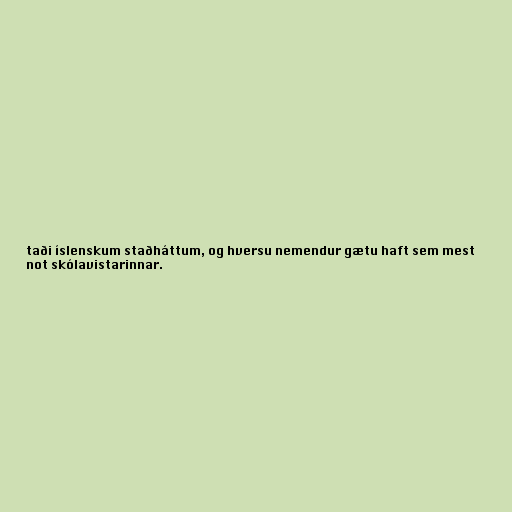
taði íslenskum staðháttum, og hversu nemendur gætu haft sem mest
not skólavistarinnar.